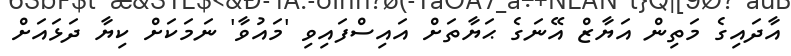
އާދައިގެ މަތިން އަޔާޒް އޭނަގެ ޙަޔާތަށް އައިސްފައިވި 'މައުވާ' ނަމަކަށް ކިޔާ ދަޅައަށް